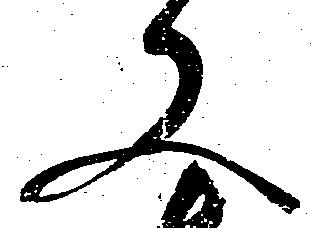
又